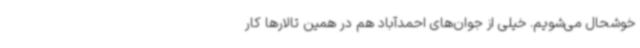
خوشحال می‌شویم. خیلی از جوان‌های احمد‌آباد هم در همین تالارها کار